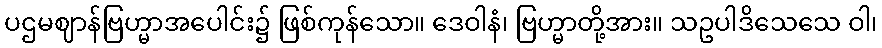
ပဌမဈာန်ဗြဟ္မာအပေါင်း၌ ဖြစ်ကုန်သော။ ဒေဝါနံ၊ ဗြဟ္မာတို့အား။ သဥပါဒိသေသေ ဝါ၊